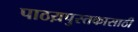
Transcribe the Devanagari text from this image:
पाठय़पुस्तकासाठी